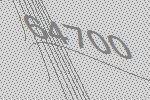
64700